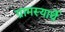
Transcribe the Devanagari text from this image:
ग्रामस्यार्थे